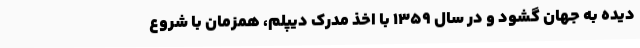
دیده به جهان گشود و در سال ۱۳۵۹ با اخذ مدرک دیپلم، همزمان با شروع